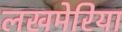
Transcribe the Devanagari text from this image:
लखमेरिया